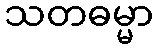
သတဓမ္မာ